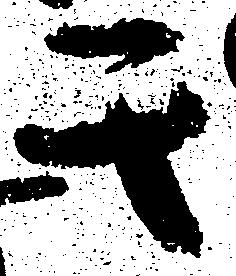
其